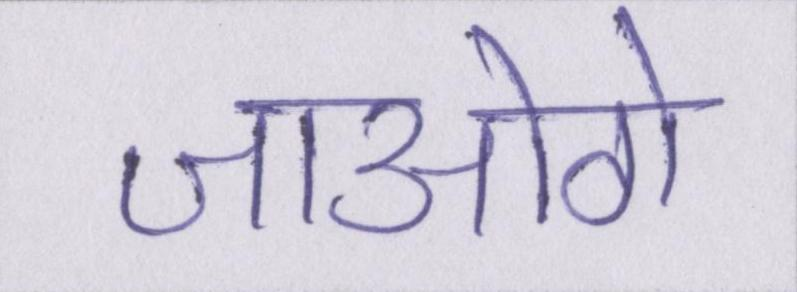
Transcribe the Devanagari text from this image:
जाओगे